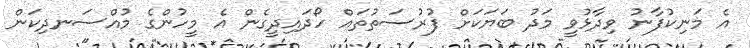
އެ މަނިކުފާނު ވިދާޅުވީ މަދު ބަޔަކަށް ފުރުސަތުތައް ހޯދައިދީގެން އެ މީހުންގެ މުއްސަނދިކަން